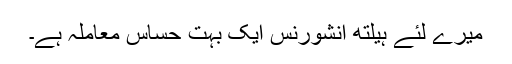
میرے لئے ہیلتھ انشورنس ایک بہت حساس معاملہ ہے۔